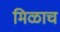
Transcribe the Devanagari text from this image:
मिळाच